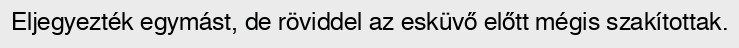
Eljegyezték egymást, de röviddel az esküvő előtt mégis szakítottak.